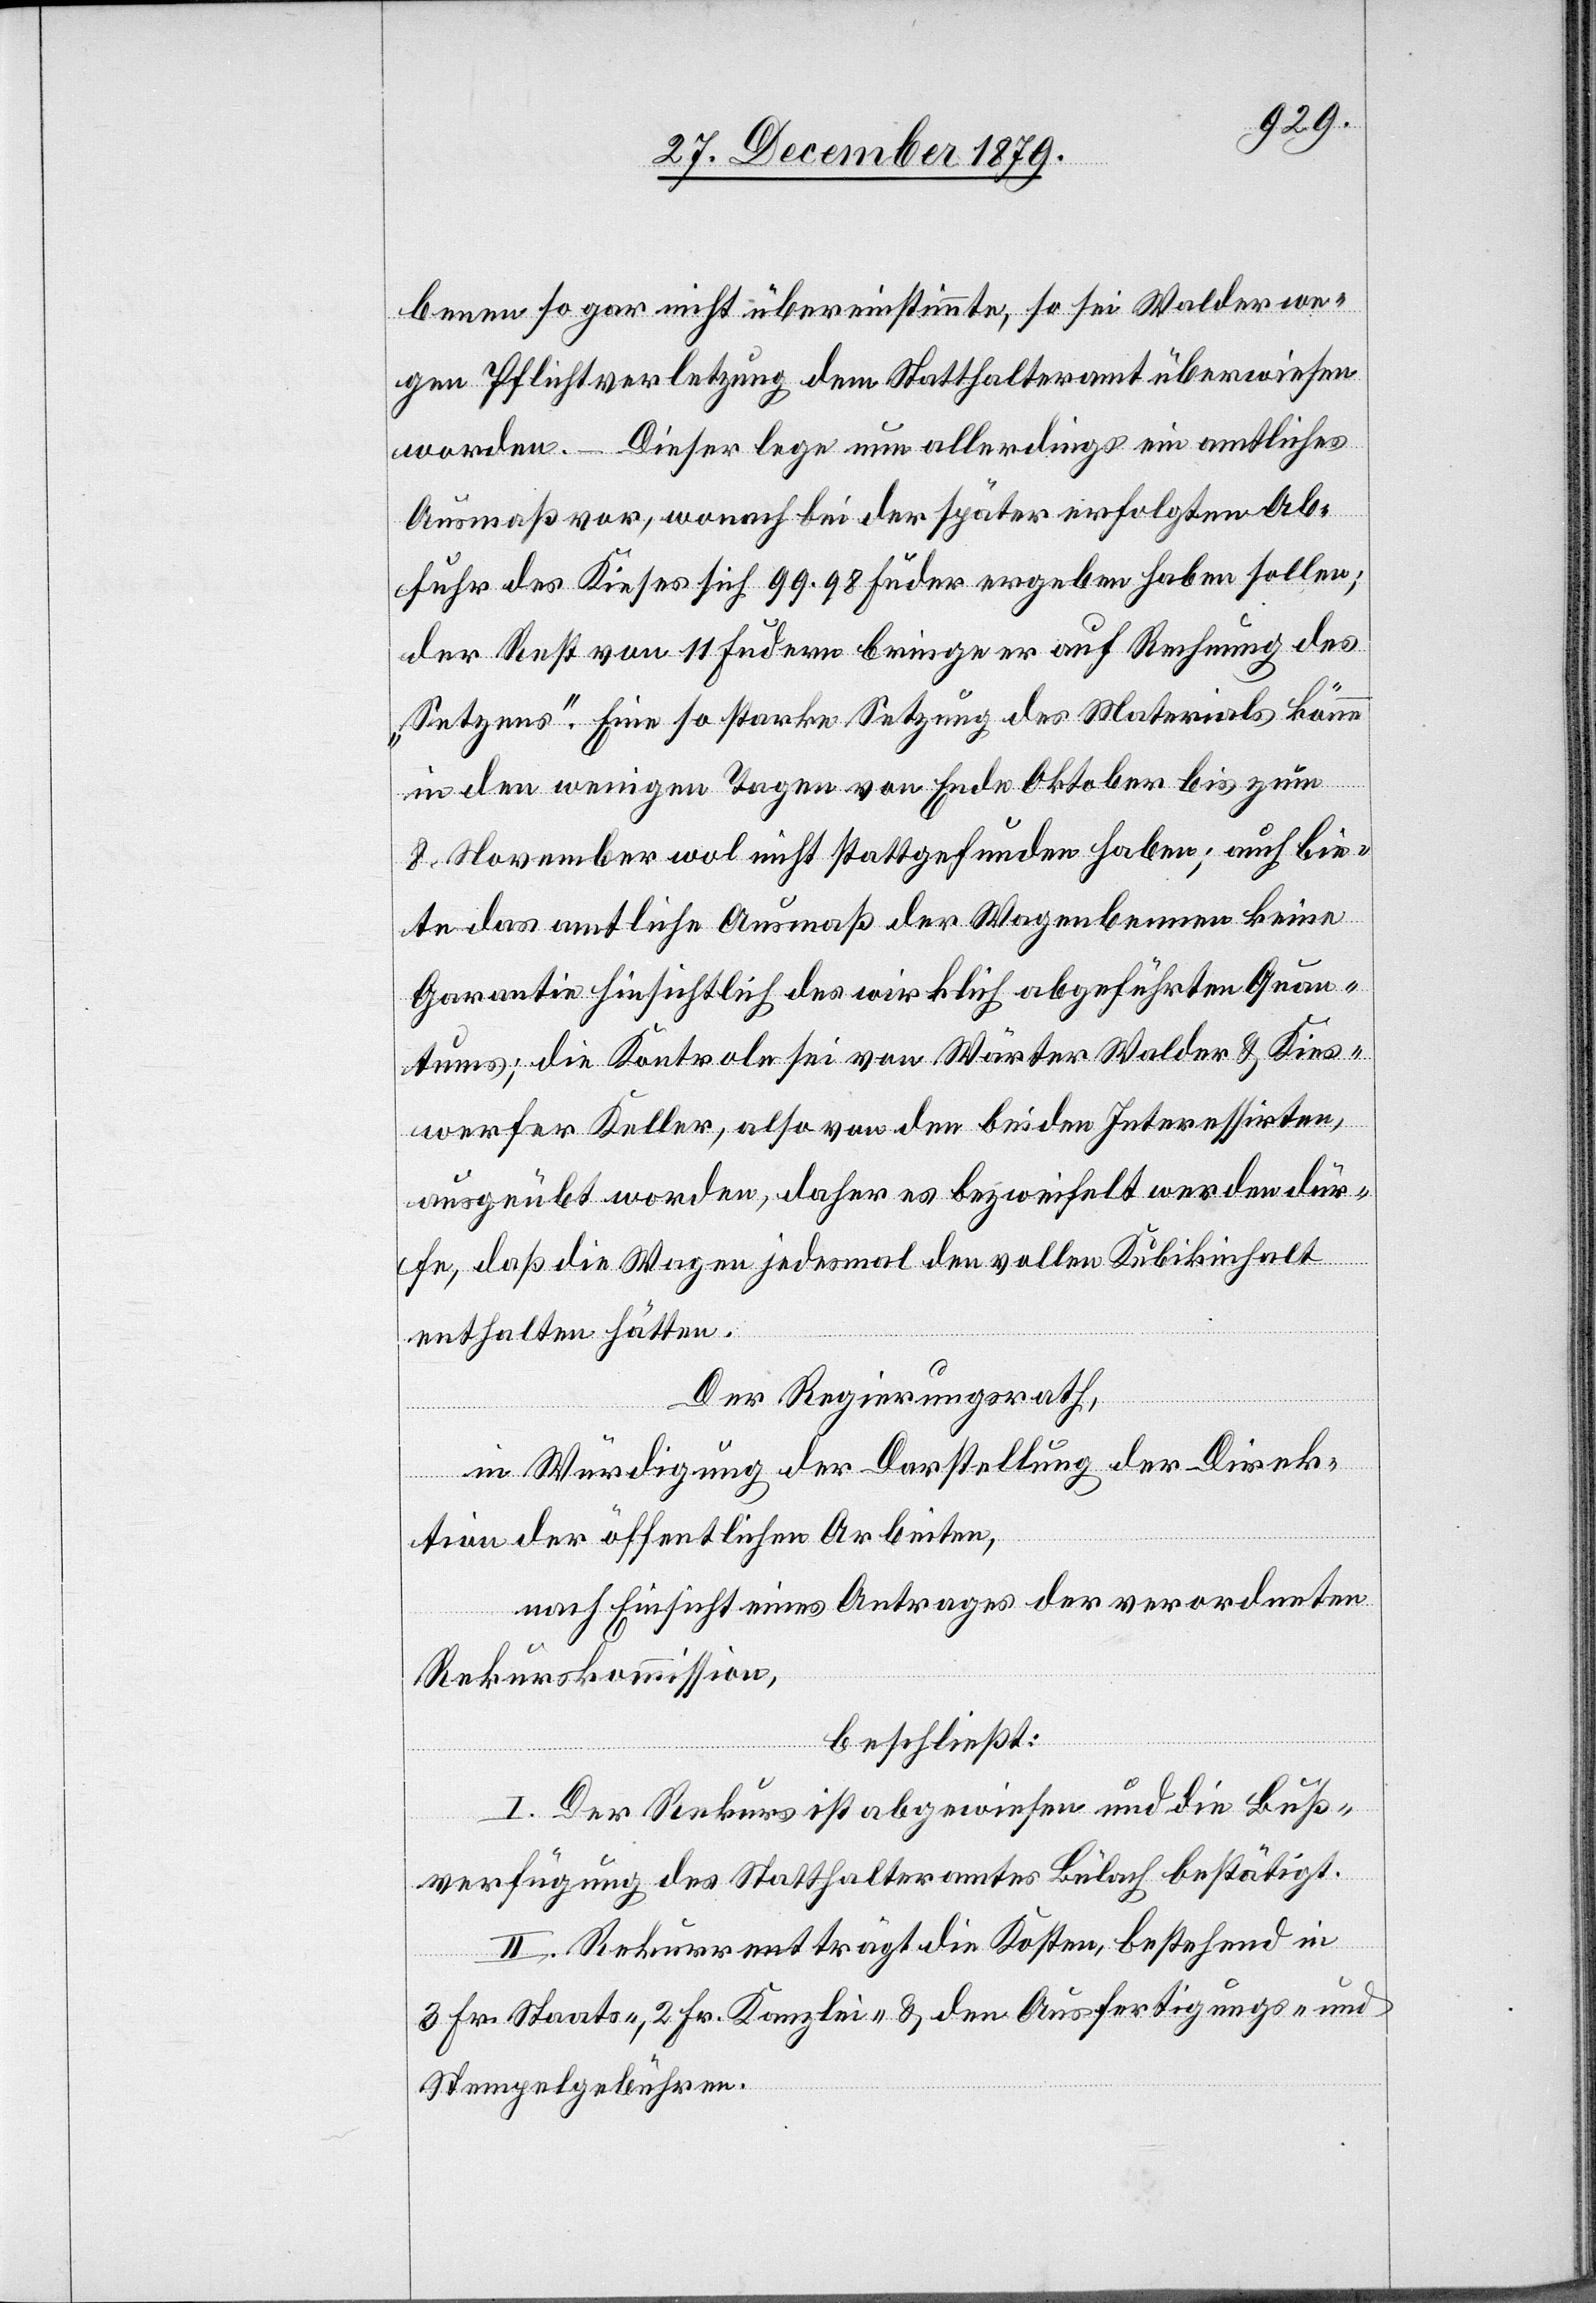
benen so gar nicht übereinstimmte, so sei Walder we¬
gen Pflichtverletzung dem Statthalteramt überwiesen
worden. – Dieser lege nun allerdings ein amtliches
Ausmaß vor, wonach bei der später erfolgten Ab¬
fuhr des Kieses sich 99,98 Fuder ergeben haben sollen;
der Rest von 11 Fudern bringe er auf Rechnung des
„Setzens“. Eine so starke Setzung des Materials könne
in den wenigen Tagen von Ende Oktober bis zum
8. November wol nicht stattgefunden haben; auch bie¬
te das amtliche Ausmaß der Wagenbenne keine
Garantie hinsichtlich des wirklich abgeführten Quan¬
tums; die Kontrole sei von Wärter Walder & Kies¬
werfer Keller, also von den beiden Interessirten,
ausgeübt worden, daher es bezweifelt werden dür¬
fe, daß die Wagen jedesmal den vollen Kubikinhalt
enthalten hätten.
Der Regierungsrath,
in Würdigung der Darstellung der Direk¬
tion der öffentlichen Arbeiten,
nach Einsicht eines Antrages der verordneten
Rekurskommission,
beschließt:
I. Der Rekurs ist abgewiesen und die Buß¬
verfügung des Statthalteramtes Bülach bestätigt.
II. Rekurrent trägt die Kosten, bestehend in
3 Fr. Staats-, 2 Fr. Kanzlei- & den Ausfertigungs- und
Stempelgebühren.